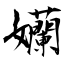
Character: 孏